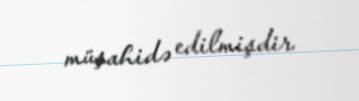
müşahidə edilmişdir.